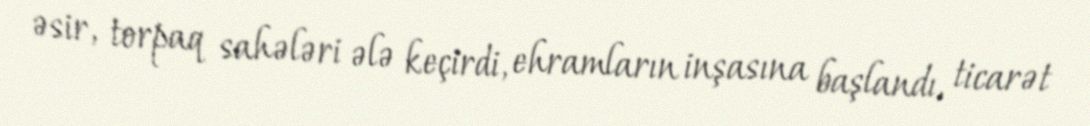
əsir, torpaq sahələri ələ keçirdi, ehramların inşasına başlandı, ticarət